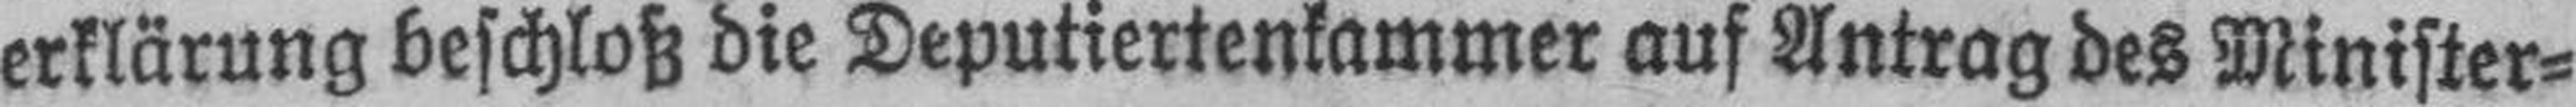
erklärung beschloß die Deputiertenkammer auf Antrag des Minister¬